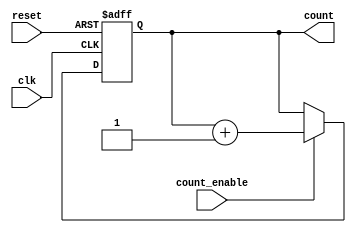
module async_counter #(
    parameter WIDTH = 4 // Width of the counter (number of bits)
)(
    input wire clk,            // Clock input
    input wire reset,          // Asynchronous reset input
    input wire count_enable,    // Count enable input
    output reg [WIDTH-1:0] count // Counter output
);

// Asynchronous reset and counting logic
always @(posedge clk or posedge reset) begin
    if (reset) begin
        count <= 0; // Reset the counter to zero
    end else if (count_enable) begin
        count <= count + 1; // Increment the counter
    end
end

endmodule